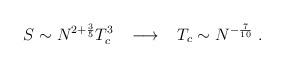
LaTeX: \begin{align*}S \sim N^{2 + \frac{3}{5}} T_c^3 \; \; \; \longrightarrow \; \; \;T_c \sim N^{- \frac{7}{10}} \; .\end{align*}